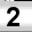
Digit: 2